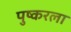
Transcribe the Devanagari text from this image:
पुष्करला